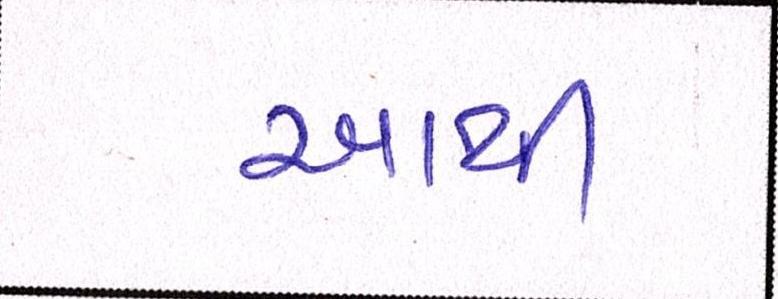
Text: આથી